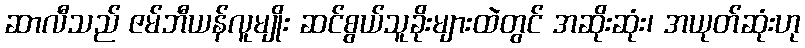
ဆာလီသည် ဇမ်ဘီယန်လူမျိုး ဆင်စွယ်သူခိုးများထဲတွင် အဆိုးဆုံး၊ အယုတ်ဆုံးဟု